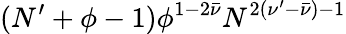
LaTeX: (N^{\prime}+\phi-1)\phi^{1-2\bar{\nu}}N^{2(\nu^{\prime}-\bar{\nu})-1}